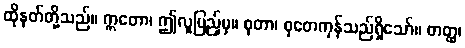
ထိုနတ်တို့သည်။ ဣတော၊ ဤလူပြည့်မှ။ စုတာ၊ စုတေကုန်သည်ရှိသော်။ တတ္ထ၊